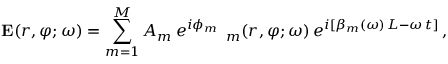
{ \bf E } ( r , \varphi ; \omega ) = \sum _ { m = 1 } ^ { M } A _ { m } \, e ^ { i \phi _ { m } } \, { \bf \Psi } _ { m } ( r , \varphi ; \omega ) \, e ^ { i [ \beta _ { m } ( \omega ) \, L - \omega \, t ] } \, ,